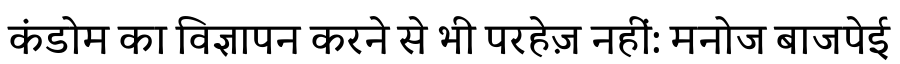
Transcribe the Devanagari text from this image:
कंडोम का विज्ञापन करने से भी परहेज़ नहीं: मनोज बाजपेई